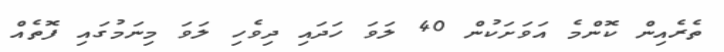
ތެރެއިން ކޮންމެ އަވަށަކުން 40 ލަވަ ހަދައި ދިވެހި ލަވަ މިނަމުގައި ފޮތެއް